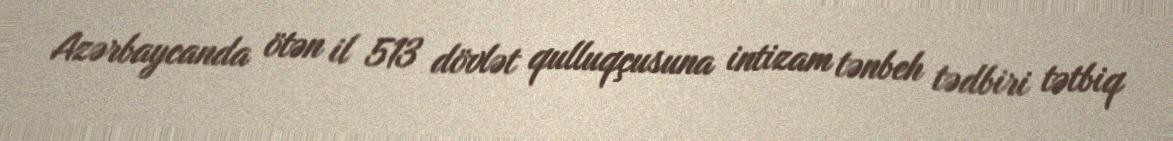
Azərbaycanda ötən il 513 dövlət qulluqçusuna intizam tənbeh tədbiri tətbiq